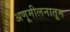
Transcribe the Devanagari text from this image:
अणूमीलनातून